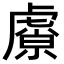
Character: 𬟮